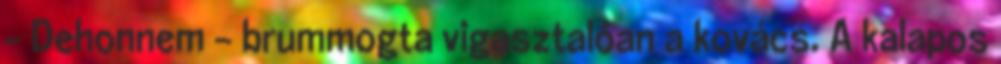
- Dehonnem - brummogta vigasztalóan a kovács. A kalapos